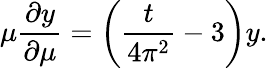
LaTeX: \mu\frac{\partial y}{\partial\mu}=\left(\frac{t}{4\pi^{2}}-3\right)y.